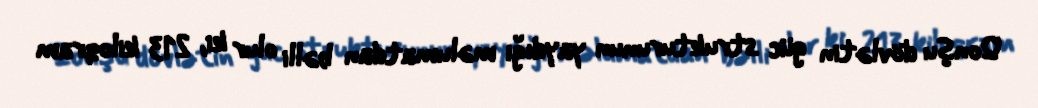
Qonşu dövlətin güc strukturunun yaydığı məlumatdan bəlli olur ki, 213 kiloqram